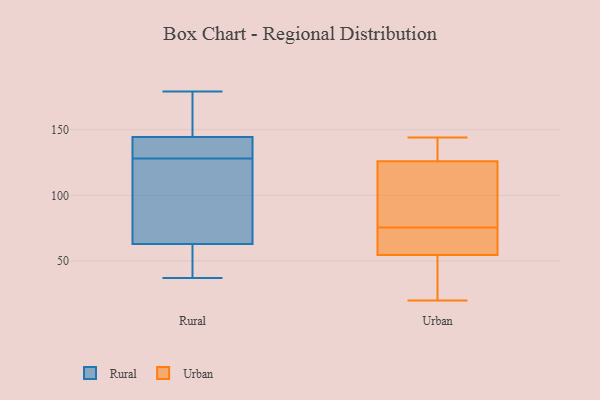
{"axis": {"x": "Gross Profit (USD K)", "y": "Value"}, "legend": ["Rural", "Urban"], "data": [{"x": "", "y": 122, "type": "Rural"}, {"x": "", "y": 138, "type": "Rural"}, {"x": "", "y": 52, "type": "Rural"}, {"x": "", "y": 58, "type": "Rural"}, {"x": "", "y": 64, "type": "Rural"}, {"x": "", "y": 156, "type": "Rural"}, {"x": "", "y": 60, "type": "Rural"}, {"x": "", "y": 179, "type": "Rural"}, {"x": "", "y": 161, "type": "Rural"}, {"x": "", "y": 111, "type": "Rural"}, {"x": "", "y": 146, "type": "Rural"}, {"x": "", "y": 37, "type": "Rural"}, {"x": "", "y": 130, "type": "Rural"}, {"x": "", "y": 144, "type": "Rural"}, {"x": "", "y": 128, "type": "Rural"}, {"x": "", "y": 140, "type": "Rural"}, {"x": "", "y": 94, "type": "Rural"}, {"x": "", "y": 144, "type": "Urban"}, {"x": "", "y": 69, "type": "Urban"}, {"x": "", "y": 119, "type": "Urban"}, {"x": "", "y": 140, "type": "Urban"}, {"x": "", "y": 79, "type": "Urban"}, {"x": "", "y": 26, "type": "Urban"}, {"x": "", "y": 72, "type": "Urban"}, {"x": "", "y": 133, "type": "Urban"}, {"x": "", "y": 40, "type": "Urban"}, {"x": "", "y": 20, "type": "Urban"}, {"x": "", "y": 115, "type": "Urban"}, {"x": "", "y": 72, "type": "Urban"}]}